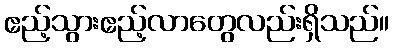
ဧည့်သွားဧည့်လာတွေလည်းရှိသည်။